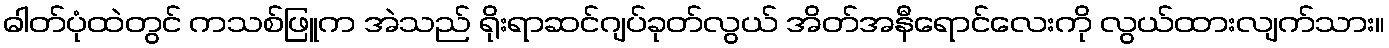
ဓါတ်ပုံထဲတွင် ကသစ်ဖြူက အဲသည် ရိုးရာဆင်ဂျပ်ခုတ်လွယ် အိတ်အနီရောင်လေးကို လွယ်ထားလျက်သား။